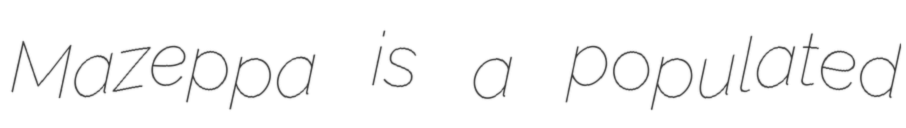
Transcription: Mazeppa is a populated